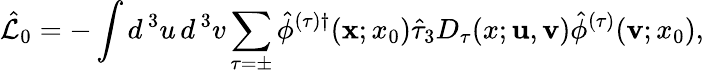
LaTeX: \hat{\cal L}_{0}=-\int d^{\, 3}u\, d^{\, 3}v\sum_{\tau=\pm}\hat{\phi}^{(\tau)\dagger}({\mathbf x};x_{0})\hat{\tau}_{3}D_{\tau}(x;{\mathbf u},{\mathbf v})\hat{\phi}^{(\tau)}({\mathbf v};x_{0}),